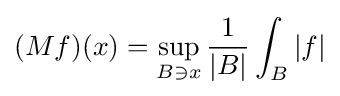
(Mf)(x)=\sup _{B\ni x}{\frac {1}{|B|}}\int _{B}|f|